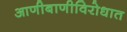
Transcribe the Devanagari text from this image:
आणीबाणीविरोधात